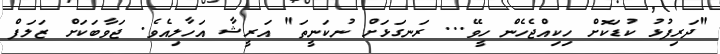
"ދަރިފުޅު ކުޑަކޮށް ހިކިއްޖެހެން ހީވޭ... ރަނގަޅަށް ނުކަނީތަ" އަރީޝާ އަހާލިއެވެ. ޖަވާބަކަށް ޒަލަފް